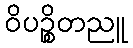
ဝိပဉ္စိတညူ